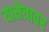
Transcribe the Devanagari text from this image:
याक्षेत्रावर